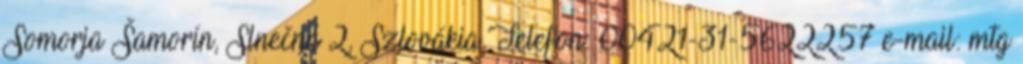
Somorja Šamorín, Slnečná 2, Szlovákia Telefon: 00421-31-5622257 e-mail: mtg